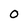
Character: 0